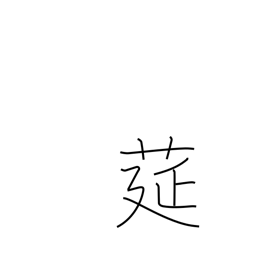
Meaning: straw mat